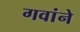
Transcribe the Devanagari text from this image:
गवांने